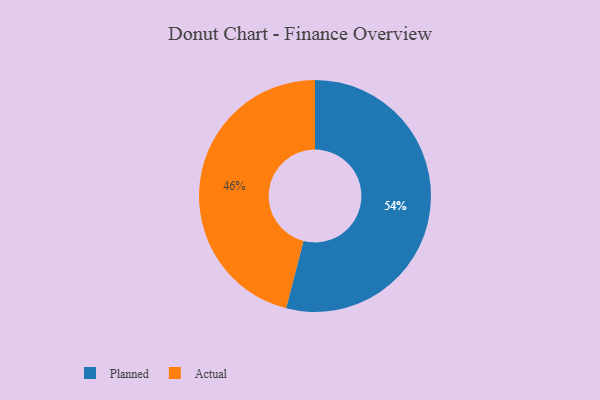
{"axis": {"x": "Category", "y": "Percentage"}, "legend": ["Actual", "Planned"], "data": [{"x": "Actual", "y": 46, "type": "Actual"}, {"x": "Planned", "y": 54, "type": "Planned"}]}